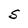
Character: S